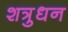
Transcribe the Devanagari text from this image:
शत्रुधन